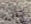
حتى